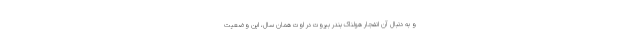
و به دنبال آن انفجار هولناک بندر بیروت در اوت همان سال، این وضعیت